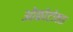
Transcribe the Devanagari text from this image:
ओकोटोक्स